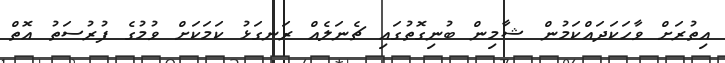
އިތުރަށް ވާހަކަދައްކަމުން ޝާމިން ބުނިގޮތުގައި ޗެނަލެއް ރަނގަޅު ކަމަކަށް ވުމުގެ ފުރުސަތު އޮތް